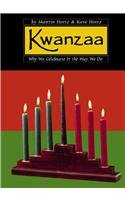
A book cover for Kwanzaa: Why We Celebrate It the Way We Do (Celebrate! (Capstone)); Hintz; Children's Books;